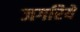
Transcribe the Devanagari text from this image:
जगरिये